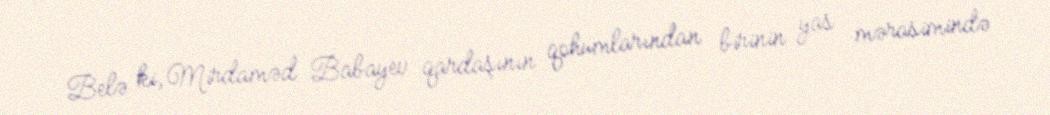
Belə ki, Mirdaməd Babayev qardaşının qohumlarından birinin yas mərasimində